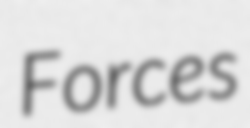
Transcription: Forces